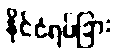
နိုင်ငံရပ်ခြား